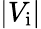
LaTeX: |V_{\mathrm{i}}|